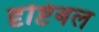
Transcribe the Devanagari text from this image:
दृष्टिबल